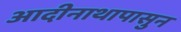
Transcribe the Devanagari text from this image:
आदीनाथापासुन